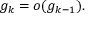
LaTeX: g _ { k } = o ( g _ { k - 1 } ) .